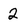
Character: 2